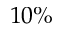
1 0 \%